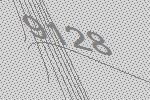
9128